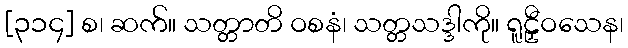
[၃၁၄] စ၊ ဆက်။ သတ္တာတိ ဝစနံ၊ သတ္တသဒ္ဒါကို။ ရူဠှီဝသေန၊